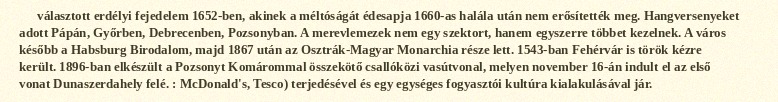
választott erdélyi fejedelem 1652-ben, akinek a méltóságát édesapja 1660-as halála után nem erősítették meg. Hangversenyeket adott Pápán, Győrben, Debrecenben, Pozsonyban. A merevlemezek nem egy szektort, hanem egyszerre többet kezelnek. A város később a Habsburg Birodalom, majd 1867 után az Osztrák-Magyar Monarchia része lett. 1543-ban Fehérvár is török kézre került. 1896-ban elkészült a Pozsonyt Komárommal összekötő csallóközi vasútvonal, melyen november 16-án indult el az első vonat Dunaszerdahely felé. : McDonald's, Tesco) terjedésével és egy egységes fogyasztói kultúra kialakulásával jár.